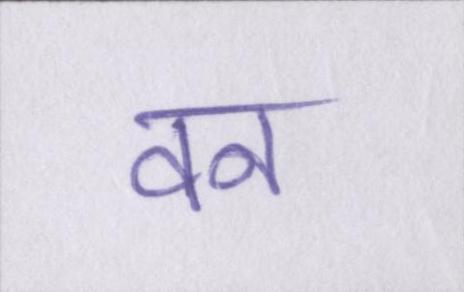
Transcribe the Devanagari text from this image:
वन